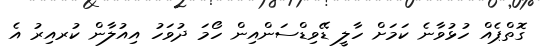
ގޮތްޕެއް ހުޅުވާނެ ކަމަށް ހާލީ ޑޭވިޑްސަންއިން ހޯމަ ދުވަހު އިއުލާން ކުރއިރު އެ